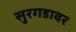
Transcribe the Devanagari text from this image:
सुरगडावर